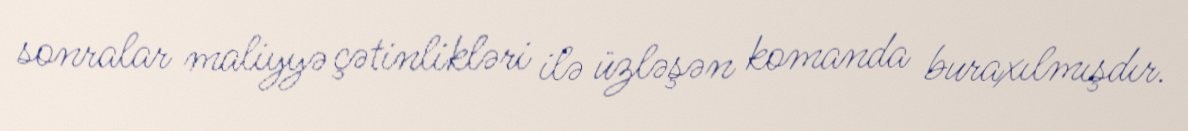
sonralar maliyyə çətinlikləri ilə üzləşən komanda buraxılmışdır.